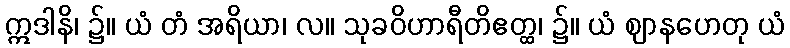
ဣဒါနိ၊ ၌။ ယံ တံ အရိယာ၊ လ။ သုခဝိဟာရီတိဧတ္ထ၊ ၌။ ယံ ဈာနဟေတု ယံ